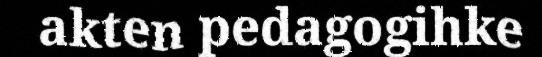
akten pedagogihke